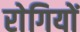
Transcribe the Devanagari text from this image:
राेगियों